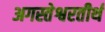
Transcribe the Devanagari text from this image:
अगस्तेश्वरतीर्थ